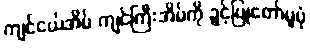
ကျင်ငယ်အိမ် ကျင်ကြီးအိမ်ကို ခွင့်ပြုတော်မူပုံ